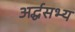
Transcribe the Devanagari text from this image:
अर्द्धसभ्य